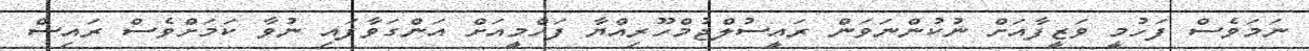
ނަމަވެސް ފަހުމީ ވަޒީފާއަށް ނުކުންނަވަން ރައީސުލްޖުމްހޫރިއްޔާ ފަހްމީއަށް އަންގަވާފައި ނުވާ ކަމަށްވެސް ރައިސް